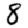
Digit: 8